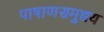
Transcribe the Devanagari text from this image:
पाषाणसमुच्चय